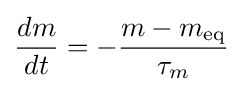
{\frac {dm}{dt}}=-{\frac {m-m_{\mathrm {eq} }}{\tau _{m}}}